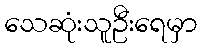
သေဆုံးသူဦးရေမှာ